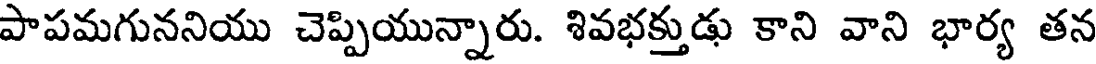
పాపమగుననియు చెప్పియున్నారు. శివభక్తుడు కాని వాని భార్య తన